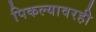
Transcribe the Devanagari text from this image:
पिकल्यावरही